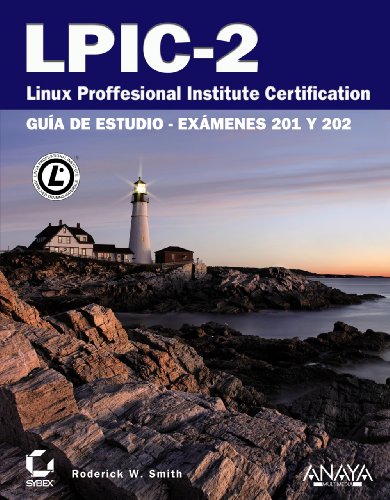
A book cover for LPIC-2 Linux Professional Institute Certification: GuÃ­a de estudio-exÃ¡menes 201 Y 202 / Study Guide (Spanish Edition); Roderick W. Smith; Computers & Technology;